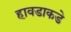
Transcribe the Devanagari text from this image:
हावडाकडे